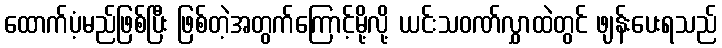
ထောက်ပံ့မည်ဖြစ်ပြီး ဖြစ်တဲ့အတွက်ကြောင့်မို့လို့ ယင်းသဝဏ်လွှာထဲတွင် ဖျန်းပေးရသည်